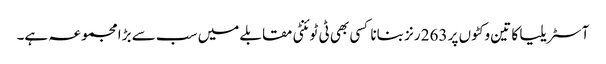
آسٹریلیا کا تین وکٹوں پر 263 رنز بنانا کسی بھی ٹی ٹوئنٹی مقابلے میں سب سے بڑا مجموعہ ہے۔